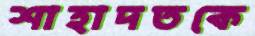
শাহাদতকে